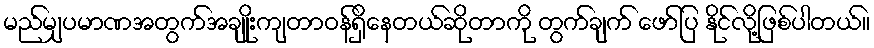
မည်မျှပမာဏအတွက်အချိုးကျတာဝန်ရှိနေတယ်ဆိုတာကို တွက်ချက် ဖော်ပြ နိုင်လို့ဖြစ်ပါတယ်။